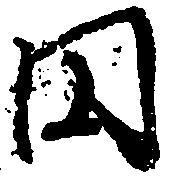
円